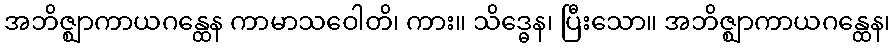
အဘိဇ္ဈာကာယဂန္ထေန ကာမာသဝေါတိ၊ ကား။ သိဒ္ဓေန၊ ပြီးသော။ အဘိဇ္ဈာကာယဂန္ထေန၊